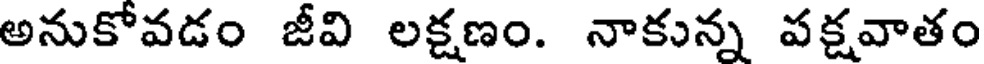
అనుకోవడం జీవి లక్షణం. నాకున్న పక్షవాతం